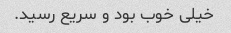
خیلی خوب بود و سریع رسید.